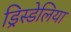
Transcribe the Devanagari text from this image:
ड्रिस्डेलिया